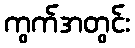
ကွက်အတွင်း